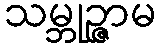
သမ္ဘုဉ္ဇာမ